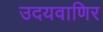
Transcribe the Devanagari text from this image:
उदयवाणिर